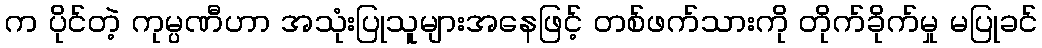
က ပိုင်တဲ့ ကုမ္ပဏီဟာ အသုံးပြုသူများအနေဖြင့် တစ်ဖက်သားကို တိုက်ခိုက်မှု မပြုခင်